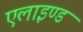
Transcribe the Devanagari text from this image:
एलाइण्ड